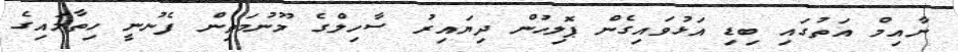
ނާއިމް އަތުގައި ބިޑި އަޅުވައިގެން ޕޮލިހުން ދިޔައިރު ސާހިލްގެ މޫނުމަތިން ފެނުނީ ހިތާމައިގެ